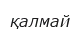
қалмай